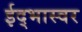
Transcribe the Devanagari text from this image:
ईद्भास्वर